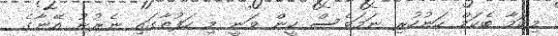
މިކަމާ ބެކަމް ހަނުހުރި ނަމަވެސް ކީން ވަނީ މި ހަފުތާގައި ނެރުނު އޭނާގެ